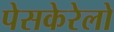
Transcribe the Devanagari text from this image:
पेसकेरेलो